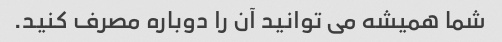
شما همیشه می توانید آن را دوباره مصرف کنید.